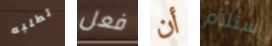
تطلبه فعل أن إستلام